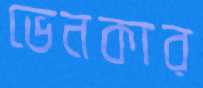
ভেনকার